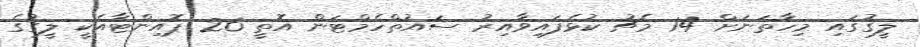
ލީގުގައި މިހާތަނަށް 14 މެޗު ކުޅެފައިވާއިރު ސައުތްހެމްޓަން އޮތީ 26 ޕޮއިންޓާއެކީ ލީގުގެ